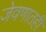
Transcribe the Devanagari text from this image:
जेवणातही